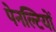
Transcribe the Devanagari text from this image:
पेनल्टियों